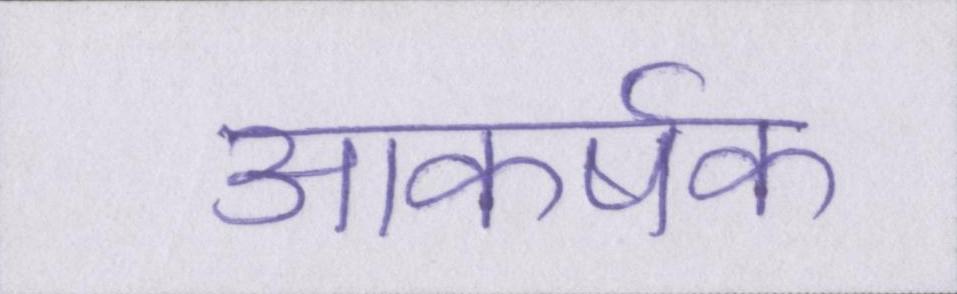
आकर्षक